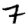
Digit: 7